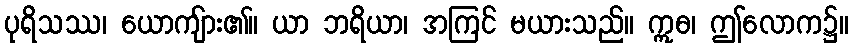
ပုရိသဿ၊ ယောကျ်ား၏။ ယာ ဘရိယာ၊ အကြင် မယားသည်။ ဣဓ၊ ဤလောက၌။